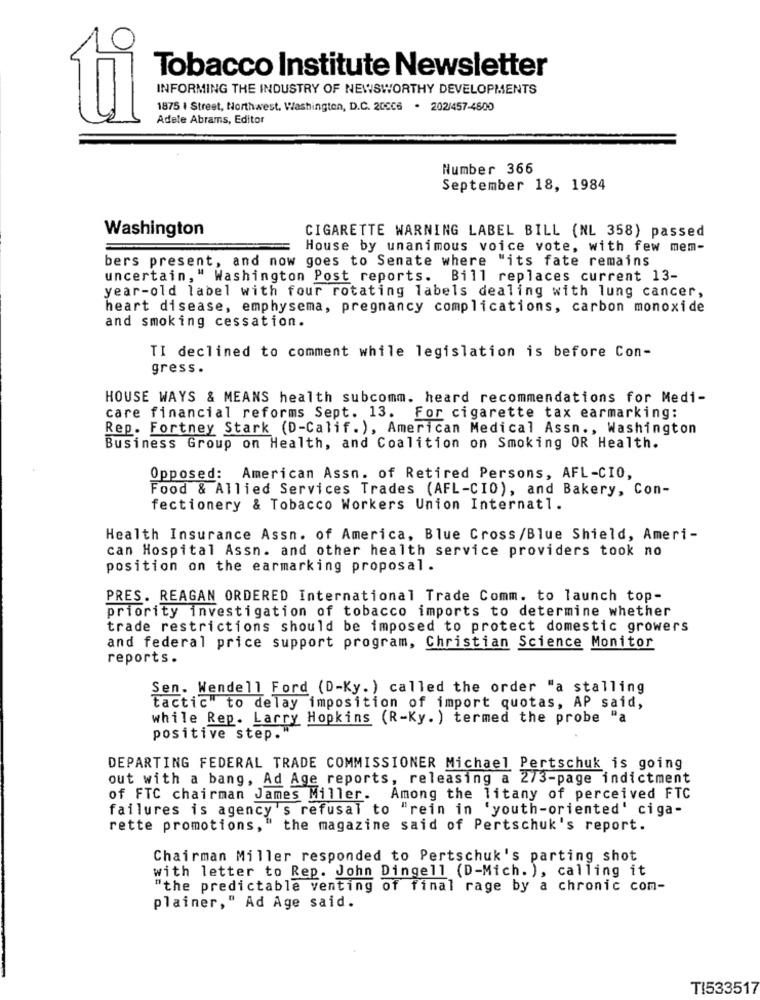
Tobacco Institute Newsletter
INFORMING THE INDUSTRY OF NEWSWORTHY DEVELOPMENTS
1875 | Street, Northwest, Washington, D.C. 200C6 . 202/457-4600
ti
Adele Abrams, Editor
Number 366
September 18, 1984
Washington
CIGARETTE WARNING LABEL BILL (NL 358) passed
House by unanimous voice vote, with few mem-
bers present, and now goes to Senate where "its fate remains
uncertain, " Washington Post reports. Bill replaces current 13-
year-old label with four rotating labels dealing with lung cancer,
heart disease, emphysema, pregnancy complications, carbon monoxide
and smoking cessation.
TI declined to comment while legislation is before Con-
gress .
HOUSE WAYS & MEANS health subcomm. heard recommendations for Medi-
care financial reforms Sept. 13.
For cigarette tax earmarking:
Rep. Fortney Stark (D-Calif. ), American Medical Assn ., Washington
Business Group on Health, and Coalition on Smoking OR Health.
Opposed: American Assn. of Retired Persons, AFL-CIO,
Food & Allied Services Trades (AFL-CIO), and Bakery, Con-
fectionery & Tobacco Workers Union Internat1.
Health Insurance Assn. of America, Blue Cross/Blue Shield, Ameri-
can Hospital Assn. and other health service providers took no
position on the earmarking proposal .
PRES. REAGAN ORDERED International Trade Comm. to launch top-
priority investigation of tobacco imports to determine whether
trade restrictions should be imposed to protect domestic growers
and federal price support program, Christian Science Monitor
reports.
Sen. Wendell Ford (D-Ky.) called the order "a stalling
tactic" to delay imposition of import quotas, AP said,
while Rep. Larry Hopkins (R-Ky. ) termed the probe "a
positive step.'
DEPARTING FEDERAL TRADE COMMISSIONER Michael Pertschuk is going
out with a bang, Ad Age reports, releasing a 2/3-page indictment
of FTC chairman James Miller. Among the litany of perceived FTC
failures is agency's refusal to "rein in 'youth-oriented' ciga-
rette promotions, "
the magazine said of Pertschuk's report.
Chairman Miller responded to Pertschuk's parting shot
with letter to Rep. John Dingell (D-Mich. ), calling it
"the predictable venting of final rage by a chronic com-
plainer," Ad Age said.
TI533517